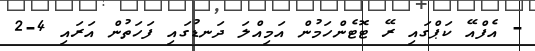
- އެފްއޭ ކަޕްގައި ރޭ ޓޮޓެންހަމުން އަމިއްލަ ދަނޑުގައި ފަހަތުން އަރައި 4-2